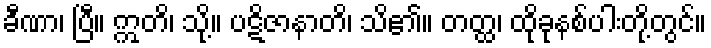
ခီဏာ၊ ပြီ။ ဣတိ၊ သို့။ ပဋိဇာနာတိ၊ သိ၏။ တတ္ထ၊ ထိုခုနစ်ပါးတို့တွင်။